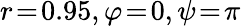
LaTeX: r\! =\! 0.95,\varphi\! =\! 0,\psi\! =\! \pi